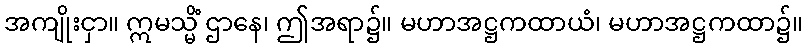
အကျိုးငှာ။ ဣမသ္မိံ ဌာနေ၊ ဤအရာ၌။ မဟာအဋ္ဌကထာယံ၊ မဟာအဋ္ဌကထာ၌။